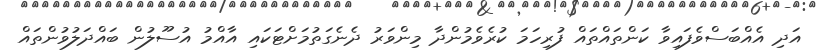
އަދި އެއްބަސްވެފައިވާ ކަންތައްތައް ފުރިހަމަ ކުރެވެމުންދާ މިންވަރު ދެނެގަތުމަށްޓަކައި އާއްމު އުސޫލުން ބައްދަލުވުންތައް